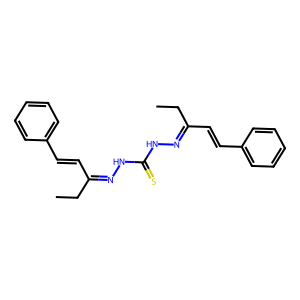
SMILES: CCC(C=Cc1ccccc1)=NNC(=S)NN=C(C=Cc1ccccc1)CC
Inhibits HIV replication: No